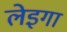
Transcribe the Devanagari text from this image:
लेइगा